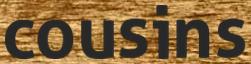
cousins